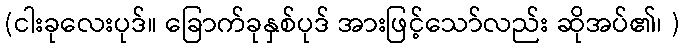
(ငါးခုလေးပုဒ်။ ခြောက်ခုနှစ်ပုဒ် အားဖြင့်သော်လည်း ဆိုအပ်၏၊ )